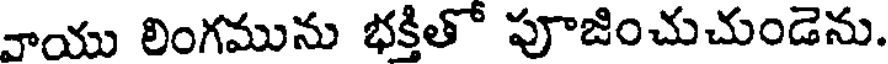
వాయు లింగమును భక్తితో పూజించుచుండెను.